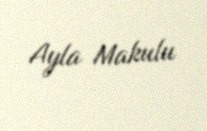
Ayla Makulu